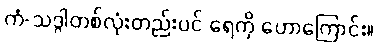
ကံ-သဒ္ဂါတစ်လုံးတည်းပင် ရေကို ဟောကြောင်း။